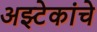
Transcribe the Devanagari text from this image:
अझ्टेकांचे